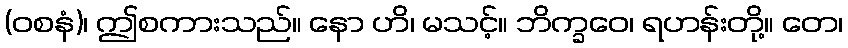
(ဝစနံ)၊ ဤစကားသည်။ နော ဟိ၊ မသင့်။ ဘိက္ခဝေ၊ ရဟန်းတို့။ တေ၊